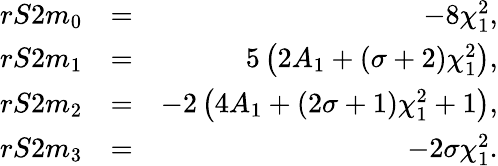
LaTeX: \begin{array}{rlr}{rS2m_{0}}&{=}&{-8\chi_{1}^{2},}\\ {rS2m_{1}}&{=}&{5\left(2A_{1}+(\sigma+2)\chi_{1}^{2}\right),}\\ {rS2m_{2}}&{=}&{-2\left(4A_{1}+(2\sigma+1)\chi_{1}^{2}+1\right),}\\ {rS2m_{3}}&{=}&{-2\sigma\chi_{1}^{2}.}\end{array}